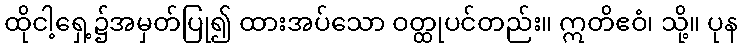
ထိုငါ့ရှေ့၌အမှတ်ပြု၍ ထားအပ်သော ဝတ္ထုပင်တည်း။ ဣတိဧဝံ၊ သို့။ ပုန